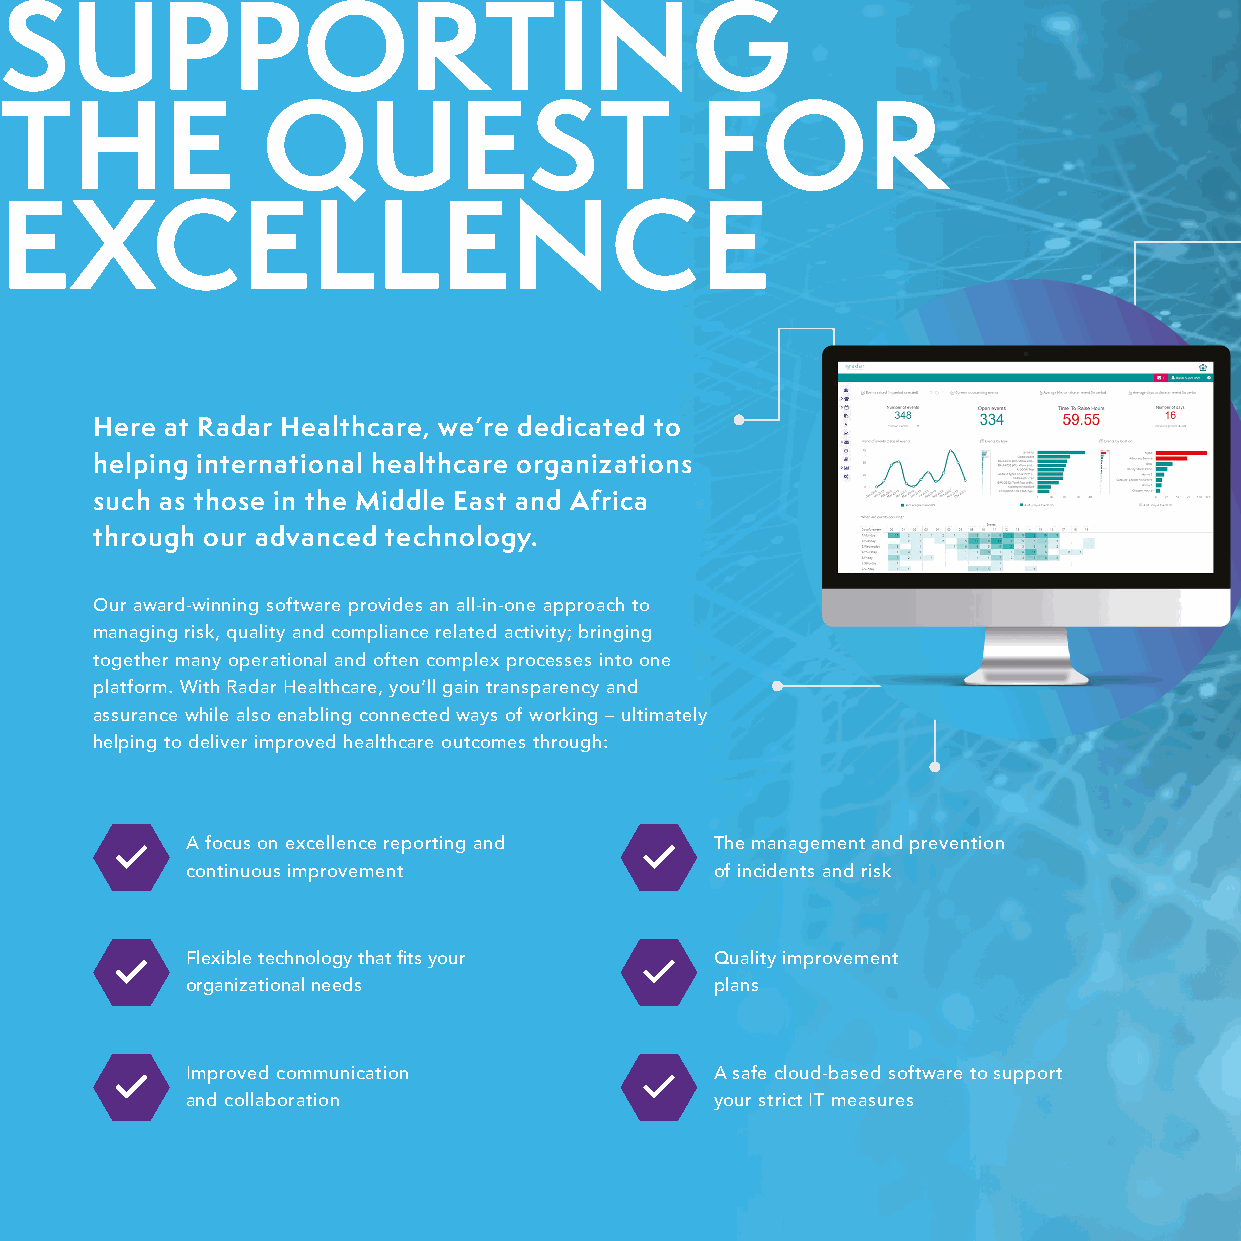
SUPPORTING
 THE              QUEST                        FOR
 EXCELLENCE
 Here at Radar Healthcare, we’re dedicated to
 helping international healthcare organizations
 such as those in the Middle East and Africa
 through our advanced technology.
 Our award-winning software provides an all-in-one approach to
 managing risk, quality and compliance related activity; bringing
 together many operational and often complex processes into one
 platform. With Radar Healthcare, you’ll gain transparency and
 assurance while also enabling connected ways of working – ultimately
 helping to deliver improved healthcare outcomes through:
 A focus on excellence reporting and The management and prevention
 continuous improvement             of incidents and risk
 Flexible technology that fits your Quality improvement
 organizational needs               plans
 Improved communication             A safe cloud-based software to support
 and collaboration                  your strict IT measures